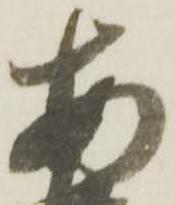
安